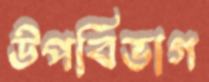
উপবিভাগ